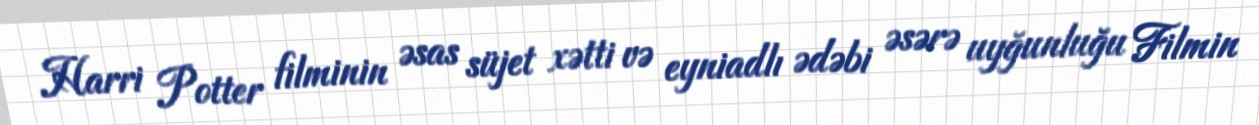
Harri Potter filminin əsas süjet xətti və eyniadlı ədəbi əsərə uyğunluğu Filmin